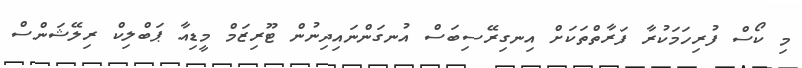
މި ކޯސް ފުރިހަމަކުރާ ފަރާތްތަކަށް އިނގިރޭސިބަސް އުނގަންނައިދިނުން ޓޫރިޒަމް މީޑިއާ ޕަބްލިކް ރިލޭޝަންސް